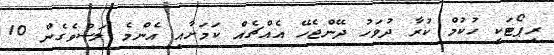
ރިޕޯޓަކީ ހުކުމް ކުރާ ދުވަހު ދޭންޖެހޭ އެއްޗެއް ކަމަށާއި އެންމެ ލަސްވެގެން 10